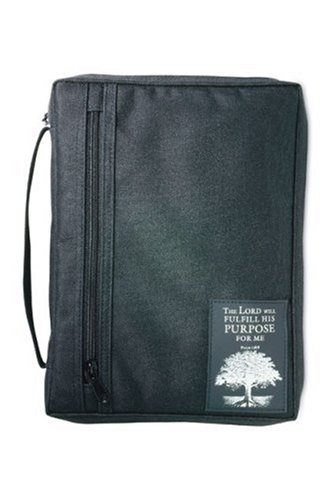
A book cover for The Purpose Driven Life Patch Bible Cover XL; Rick Warren; Christian Books & Bibles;